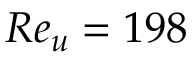
R e _ { u } = 1 9 8